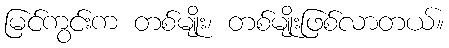
မြင်ကွင်းက တစ်မျိုး၊ တစ်မျိုးဖြစ်လာတယ်။